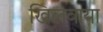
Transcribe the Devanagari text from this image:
खिलवाया